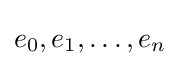
e_{0},e_{1},\ldots ,e_{n}